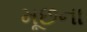
મૂછના